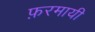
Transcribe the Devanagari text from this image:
फ़रमायी